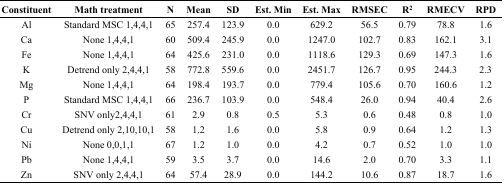
<table><thead><tr><td><b>Constituent</b></td><td><b>Math treatment</b></td><td><b>N</b></td><td><b>Mean</b></td><td><b>SD</b></td><td><b>Est. Min</b></td><td><b>Est. Max</b></td><td><b>RMSEC</b></td><td><b>R<sup>2</sup></b></td><td><b>RMECV</b></td><td><b>RPD</b></td></tr></thead><tbody><tr><td>Al</td><td>Standard MSC 1,4,4,1</td><td>65</td><td>257.4</td><td>123.9</td><td>0.0</td><td>629.2</td><td>56.5</td><td>0.79</td><td>78.8</td><td>1.6</td></tr><tr><td>Ca</td><td>None 1,4,4,1</td><td>60</td><td>509.4</td><td>245.9</td><td>0.0</td><td>1247.0</td><td>102.7</td><td>0.83</td><td>162.1</td><td>3.1</td></tr><tr><td>Fe</td><td>None 1,4,4,1</td><td>64</td><td>425.6</td><td>231.0</td><td>0.0</td><td>1118.6</td><td>129.3</td><td>0.69</td><td>147.3</td><td>1.6</td></tr><tr><td>K</td><td>Detrend only 2,4,4,1</td><td>58</td><td>772.8</td><td>559.6</td><td>0.0</td><td>2451.7</td><td>126.7</td><td>0.95</td><td>244.3</td><td>2.3</td></tr><tr><td>Mg</td><td>None 1,4,4,1</td><td>64</td><td>198.4</td><td>193.7</td><td>0.0</td><td>779.4</td><td>105.6</td><td>0.70</td><td>160.6</td><td>1.2</td></tr><tr><td>P</td><td>Standard MSC 1,4,4,1</td><td>66</td><td>236.7</td><td>103.9</td><td>0.0</td><td>548.4</td><td>26.0</td><td>0.94</td><td>40.4</td><td>2.6</td></tr><tr><td>Cr</td><td>SNV only2,4,4,1</td><td>61</td><td>2.9</td><td>0.8</td><td>0.5</td><td>5.3</td><td>0.6</td><td>0.48</td><td>0.8</td><td>1.0</td></tr><tr><td>Cu</td><td>Detrend only 2,10,10,1</td><td>58</td><td>1.2</td><td>1.6</td><td>0.0</td><td>5.8</td><td>0.9</td><td>0.64</td><td>1.2</td><td>1.3</td></tr><tr><td>Ni</td><td>None 0,0,1,1</td><td>67</td><td>1.2</td><td>1.0</td><td>0.0</td><td>4.2</td><td>0.7</td><td>0.52</td><td>1.0</td><td>1.0</td></tr><tr><td>Pb</td><td>None 1,4,4,1</td><td>59</td><td>3.5</td><td>3.7</td><td>0.0</td><td>14.6</td><td>2.0</td><td>0.70</td><td>3.3</td><td>1.1</td></tr><tr><td>Zn</td><td>SNV only 2,4,4,1</td><td>64</td><td>57.4</td><td>28.9</td><td>0.0</td><td>144.2</td><td>10.6</td><td>0.87</td><td>18.7</td><td>1.6</td></tr></tbody></table>